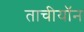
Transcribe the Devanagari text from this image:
ताचीयॉन